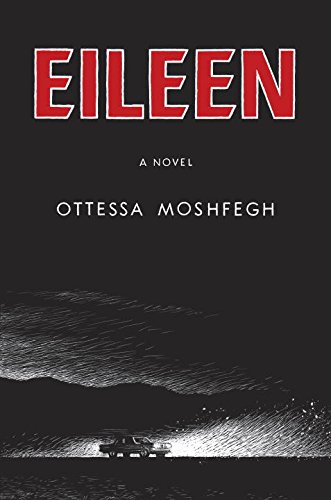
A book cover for Eileen: A Novel; Ottessa Moshfegh; Mystery, Thriller & Suspense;